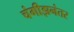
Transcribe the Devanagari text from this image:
चंगीझनंतर